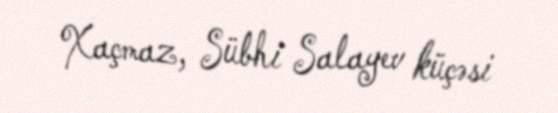
Xaçmaz, Sübhi Salayev küçəsi